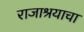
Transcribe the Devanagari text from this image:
राजाश्रयाचा